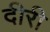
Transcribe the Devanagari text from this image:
दीरी